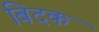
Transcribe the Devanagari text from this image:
बिदक